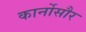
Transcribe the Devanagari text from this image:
कार्नोसौर